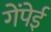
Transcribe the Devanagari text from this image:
गेंपेई